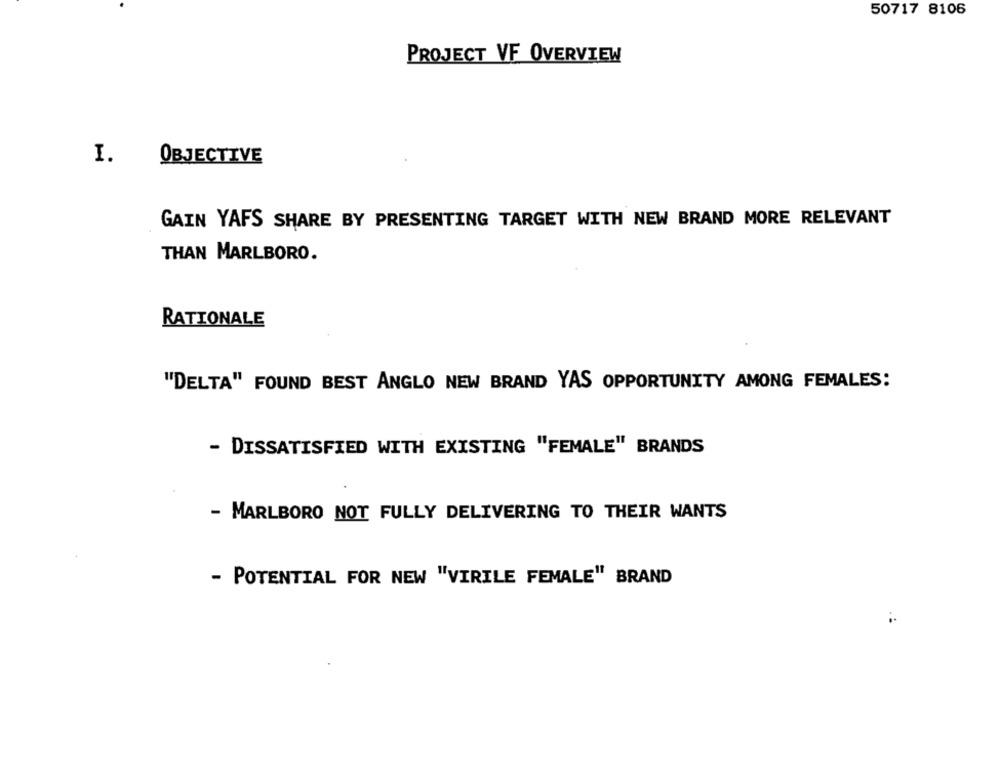
50717 8106
PROJECT VF OVERVIEW
I.
OBJECTIVE
GAIN YAFS SHARE BY PRESENTING TARGET WITH NEW BRAND MORE RELEVANT
THAN MARLBORO.
RATIONALE
"DELTA" FOUND BEST ANGLO NEW BRAND YAS OPPORTUNITY AMONG FEMALES:
- DISSATISFIED WITH EXISTING "FEMALE" BRANDS
- MARLBORO NOT FULLY DELIVERING TO THEIR WANTS
- POTENTIAL FOR NEW "VIRILE FEMALE" BRAND
: